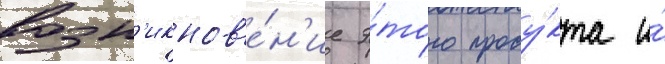
возн'икнов'е́н'ие э́того проду́кта и́